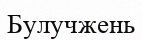
Булучжень